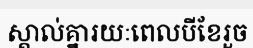
ស្គាល់គ្នារយៈពេលបីខែរួច